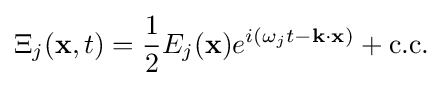
\Xi _{j}(\mathbf {x} ,t)={\frac {1}{2}}E_{j}(\mathbf {x} )e^{i\left(\omega _{j}t-\mathbf {k} \cdot \mathbf {x} \right)}+{\text{c.c.}}